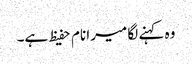
وہ کہنے لگا میرا نام حفیظ ہے۔